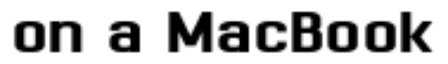
on a MacBook